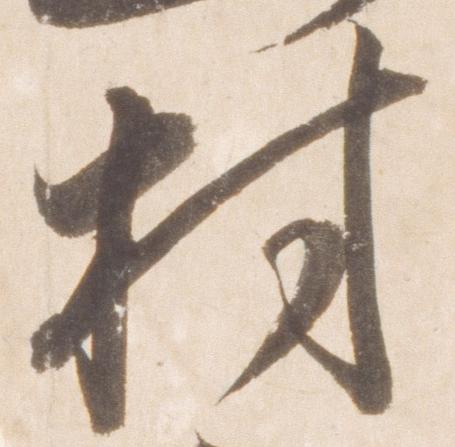
村